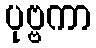
ပုဗ္ဗကာ